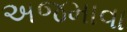
અજમાવા